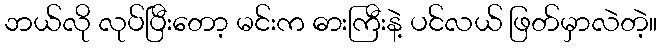
ဘယ်လို လုပ်ပြီးတော့ မင်းက ဓားကြီးနဲ့ ပင်လယ် ဖြတ်မှာလဲတဲ့။